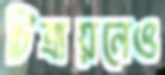
চিত্রায়নেও